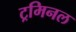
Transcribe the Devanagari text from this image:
ट्रमिनल